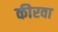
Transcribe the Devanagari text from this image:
कीरवा